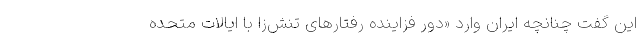
این گفت چنانچه ایران وارد «دور فزاینده رفتارهای تنش‌زا با ایالات متحده